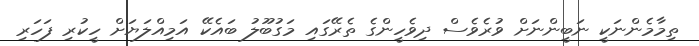
ތިމާމެންނަކީ ނަބީންނަށް ވުރެވެސް ދިވެހީންގެ ތެރޭގައި މަގުބޫލު ބައެކޭ އަމިއްލަޔަށް ހީކުރި ފަހަރި